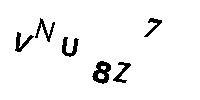
VNU8Z7